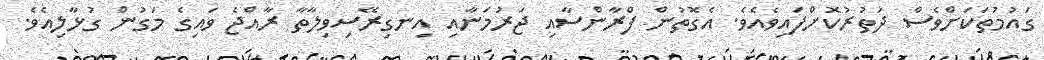
ގައުމުތަކަށްވެސް ދަތުރުކޮށްފައިވެއެވެ. އެގޮތުން ފްރާންސާއި ޖަރުމަނާއި އިނގިރޭސިވިލާތާ ރާއްޖެ ވައިގެ މަގުން ގުޅާލިއެވެ.